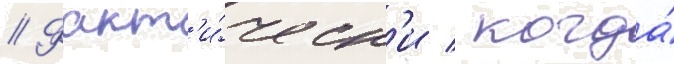
// Факт'и́ческ'и / когда́